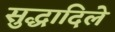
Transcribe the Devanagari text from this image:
सुद्धादिले